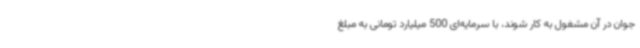
جوان در آن مشغول به کار شوند، با سرمایه‌ای 500 میلیارد تومانی به مبلغ